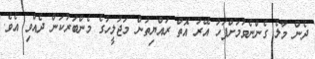
ދެން މާލެ ގެންނެވުމަށްފަހު އޭރު އޮތް ރައްޔިތުން މަޖުލީހުގެ މެންބަރުކަން ދެއްވި އެވެ.